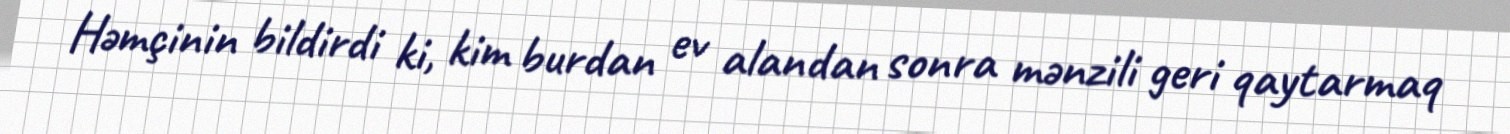
Həmçinin bildirdi ki, kim burdan ev alandan sonra mənzili geri qaytarmaq